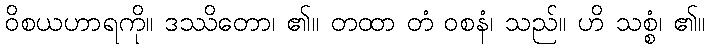
ဝိစယဟာရကို။ ဒဿိတော၊ ၏။ တထာ တံ ဝစနံ၊ သည်။ ဟိ သစ္စံ၊ ၏။